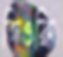
জিওফ্রি